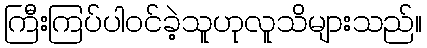
ကြီးကြပ်ပါဝင်ခဲ့သူဟုလူသိများသည်။